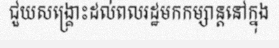
ជួយសង្គ្រោះដល់ពលរដ្ឋមកកម្សាន្តនៅក្នុង